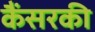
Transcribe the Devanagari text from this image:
कैंसरकी